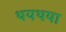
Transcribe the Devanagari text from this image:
थयथया